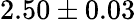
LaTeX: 2.50\pm 0.03